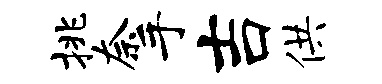
挑奈手吉供